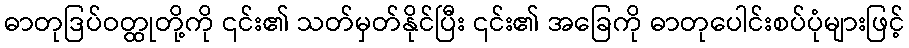
ဓာတုဒြပ်ဝတ္ထုတို့ကို ၎င်း၏ သတ်မှတ်နိုင်ပြီး ၎င်း၏ အခြေကို ဓာတုပေါင်းစပ်ပုံများဖြင့်